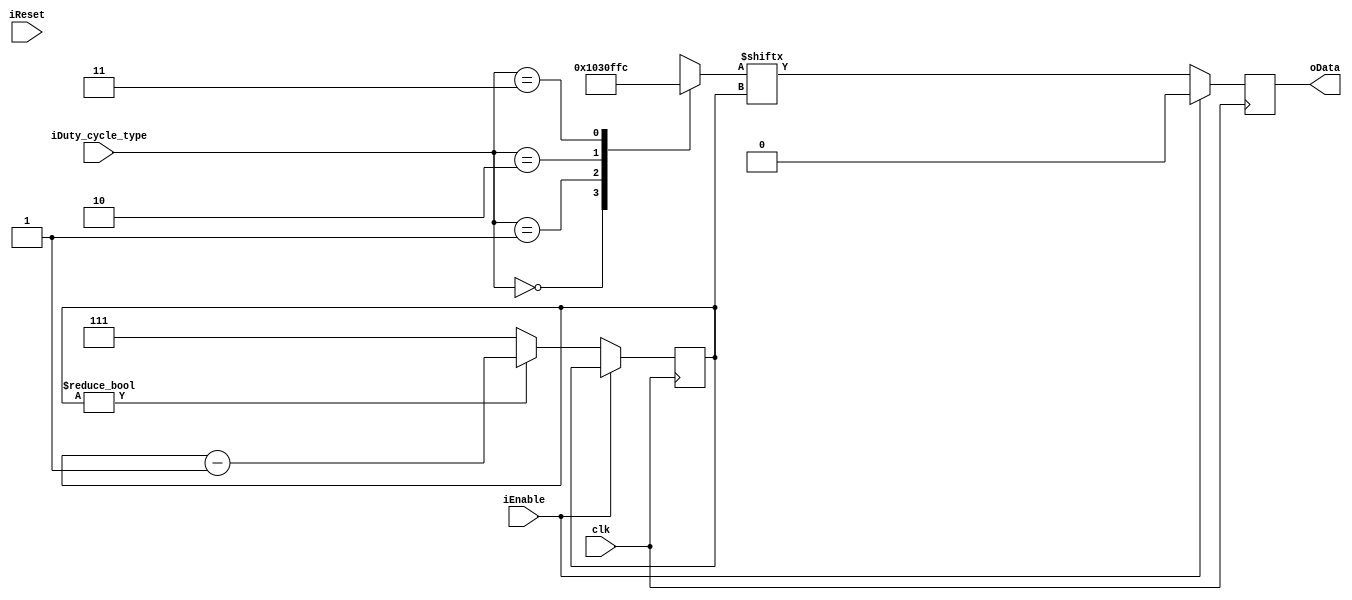

module rectangle 
    (
        output reg oData,
	input  clk,
        input  iReset,
	input  iEnable,
	input [1:0]  iDuty_cycle_type
    );
    reg [2:0] position;
    reg [7:0] waveform;
    initial begin
	position <= 0;
    end
    always @(posedge clk) begin
        case (iDuty_cycle_type)
            0: begin
    	        waveform = 8'b00000001;
            end
    
            1: begin
    	        waveform = 8'b00000011;
            end
    
            2: begin
    	        waveform = 8'b00001111;
            end
    
            3: begin
    	        waveform = 8'b11111100;
            end
	endcase
	// set things and update stuff
	if (iEnable == 0) begin
	    if (position != 0) begin
	        position <= position - 1;
	        oData <= waveform[position];
	    end
	    else begin
	        position <= 7;
	        oData <= waveform[position];
	    end
	end
	else begin
	    oData <= 0;
	end
    end
endmodule